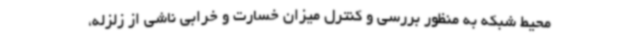
محیط شبکه به منظور بررسی و کنترل میزان خسارت و خرابی ناشی از زلزله،